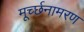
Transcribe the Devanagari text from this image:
मूर्च्छनामरण